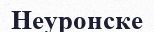
Неуронске